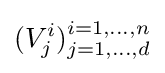
(V_{j}^{i})_{j=1,\ldots ,d}^{i=1,\ldots ,n}